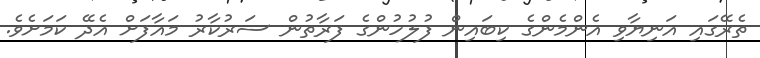
ތެރޭގައި އަނިޔާވި އެންމެންގެ ކިބައިން ފުލުހުންގެ ފަރާތުން ސަރުކާރު މައާފަށް އެދޭ ކަމަށެވެ.